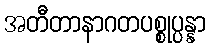
အတီတာနာဂတပစ္စုပ္ပန္နာ